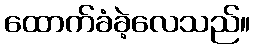
ထောက်ခံခဲ့လေသည်။